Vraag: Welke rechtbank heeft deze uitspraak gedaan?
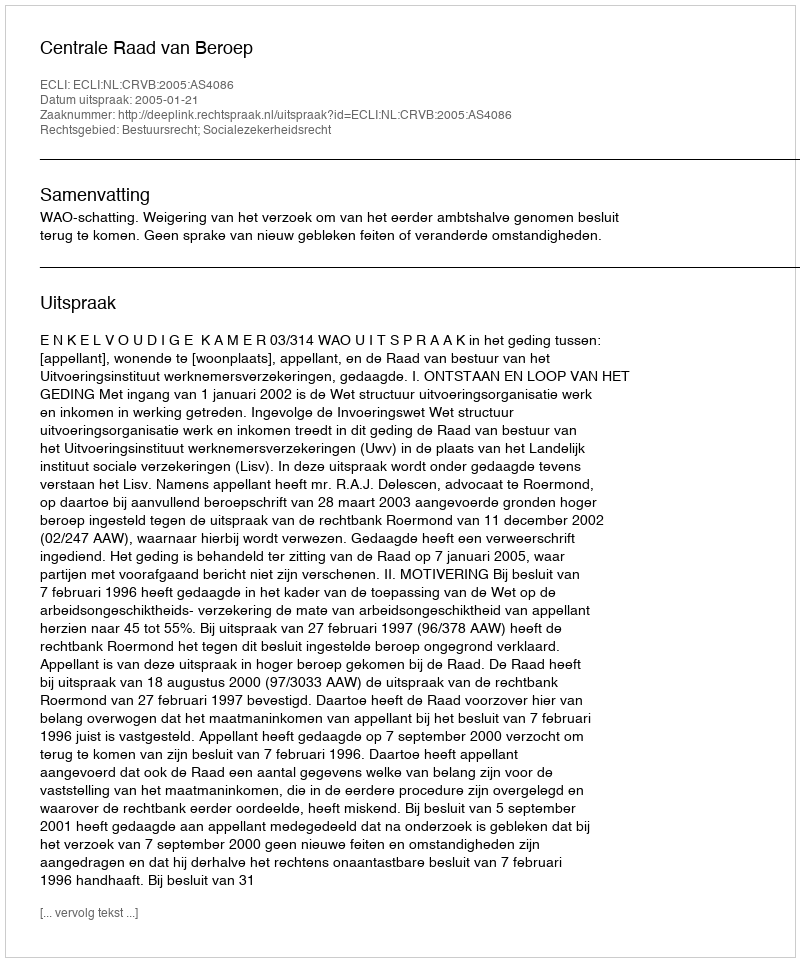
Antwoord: Centrale Raad van Beroep